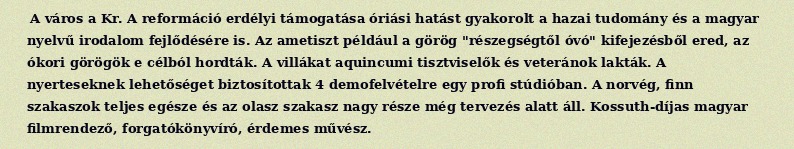
A város a Kr. A reformáció erdélyi támogatása óriási hatást gyakorolt a hazai tudomány és a magyar nyelvű irodalom fejlődésére is. Az ametiszt például a görög "részegségtől óvó" kifejezésből ered, az ókori görögök e célból hordták. A villákat aquincumi tisztviselők és veteránok lakták. A nyerteseknek lehetőséget biztosítottak 4 demofelvételre egy profi stúdióban. A norvég, finn szakaszok teljes egésze és az olasz szakasz nagy része még tervezés alatt áll. Kossuth-díjas magyar filmrendező, forgatókönyvíró, érdemes művész.